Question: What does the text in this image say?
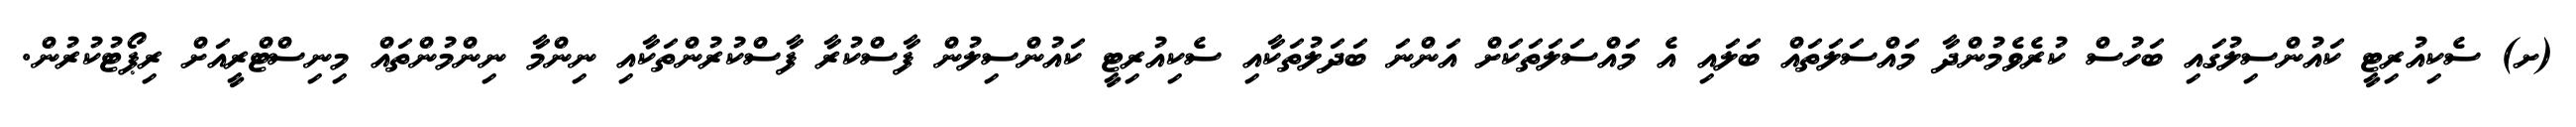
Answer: (ށ) ސެކިއުރިޓީ ކައުންސިލުގައި ބަހުސް ކުރެވެމުންދާ މައްސަލަތައް ބަލައި އެ މައްސަލަތަކަށް އަންނަ ބަދަލުތަކާއި ސެކިއުރިޓީ ކައުންސިލުން ފާސްކުރާ ފާސްކުރުންތަކާއި ނިންމާ ނިންމުންތައް މިނިސްޓްރީއަށް ރިޕޯޓުކުރުން.